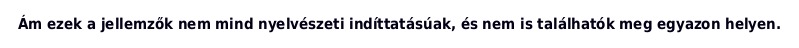
Ám ezek a jellemzők nem mind nyelvészeti indíttatásúak, és nem is találhatók meg egyazon helyen.